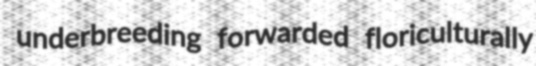
underbreeding forwarded floriculturally